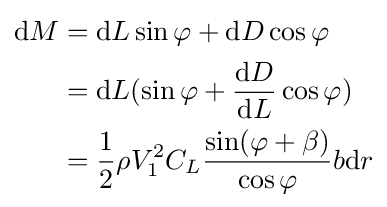
{\begin{aligned}{\mbox{d}}M&={\mbox{d}}L\sin \varphi +{\mbox{d}}D\cos \varphi \\&={\mbox{d}}L(\sin \varphi +{\frac {{\mbox{d}}D}{{\mbox{d}}L}}\cos \varphi )\\&={\frac {1}{2}}\rho V_{1}^{2}C_{L}{\frac {\sin(\varphi +\beta )}{\cos \varphi }}b{\mbox{d}}r\end{aligned}}